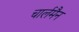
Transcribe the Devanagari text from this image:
चार्लमैन